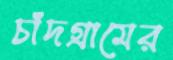
চাঁদগ্রামের